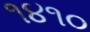
૧૪૧૦